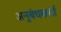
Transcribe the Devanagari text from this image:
अनुबंधकर्ता